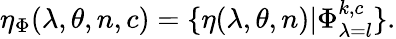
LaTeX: \eta_{\Phi}(\lambda,\theta,n,c)=\{ \eta(\lambda,\theta,n)\vert\Phi_{\lambda=l}^{k,c}\} .